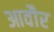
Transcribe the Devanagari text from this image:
आवौर